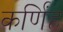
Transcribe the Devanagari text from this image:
कर्णिंह